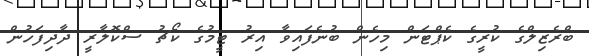
ބްރެޒިލްގެ ކުރީގެ ކެޕްޓަން މިހެން ބުނެފައިވާ އިރު ޓީމުގެ ކޯޗު ސްކޮލާރީ ދާދިފަހުން